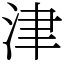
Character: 津